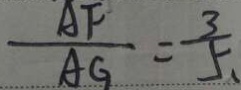
\frac { A F } { A G } = \frac { 3 } { 5 }